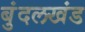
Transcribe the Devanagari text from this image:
बुंदलखंड